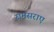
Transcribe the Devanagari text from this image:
रामसराए